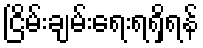
ငြိမ်းချမ်းရေးရရှိရန်